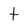
Character: t